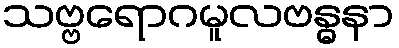
သဗ္ဗရောဂမူလဗန္ဓနာ